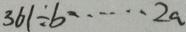
3 6 1 \div b \cdots 2 a